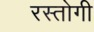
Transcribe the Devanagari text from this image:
रस्‍तोगी